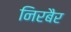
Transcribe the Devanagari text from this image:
निरबैर